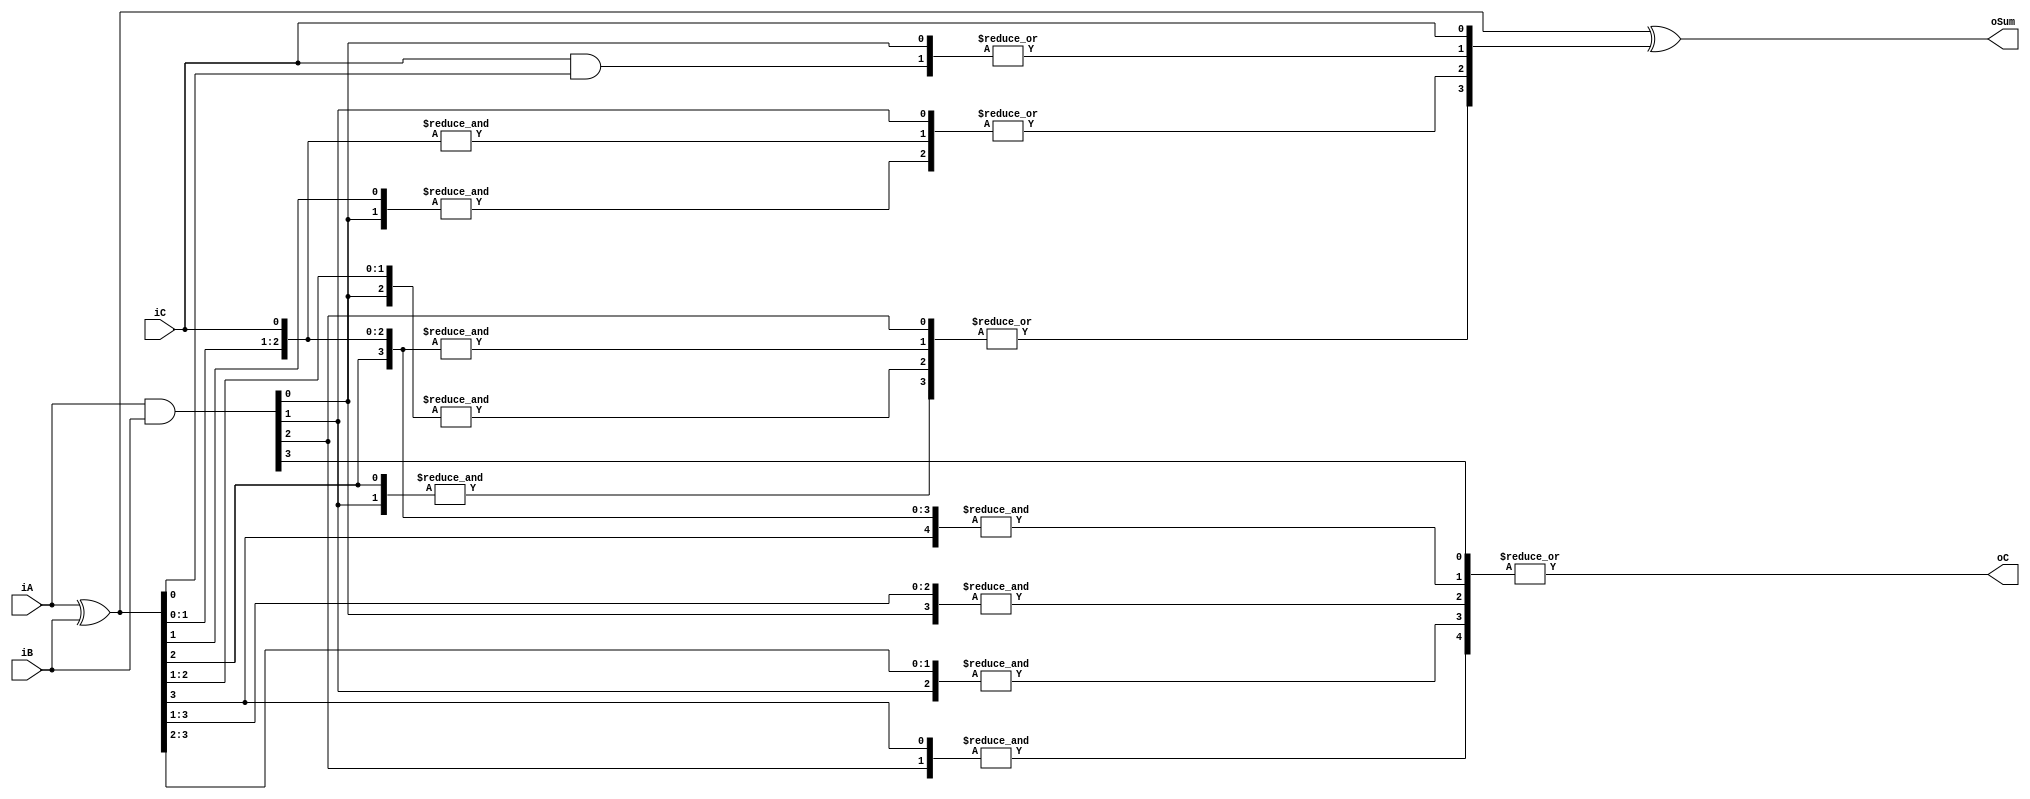
///////////////////WNS == 1.617WHS == 0.244/////////////////
module adder_4bit#(parameter ADDER_WIDTH = 4)(
    input  wire [ADDER_WIDTH-1:0] iA, iB,
    input  wire iC,
    output wire [ADDER_WIDTH-1:0] oSum,
    output wire oC
);
    wire [ADDER_WIDTH-1:0] wP = iA ^ iB;
    wire [ADDER_WIDTH-1:0] wG = iA & iB;
    wire [ADDER_WIDTH:0] wC;
    assign wC[0] = iC;
    assign wC[1] = |{wG[0],iC&wP[0]};
    assign wC[2] = |{wG[1],&{wG[0],wP[1]},&{iC,wP[1:0]}};
    assign wC[3] = |{wG[2],&{wG[1],wP[2]},&{wG[0],wP[2:1]},&{iC,wP[2:0]}};
    assign wC[4] = |{wG[3],&{wG[2],wP[3]},&{wG[1],wP[3:2]},&{wG[0],wP[3:1]},&{iC,wP}};
    assign oSum = wP ^ wC[ADDER_WIDTH-1:0];
    assign oC = wC[ADDER_WIDTH];
endmodule